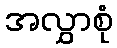
အလွှာစုံ